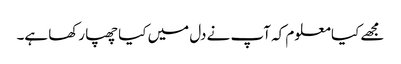
مجھے کیا معلوم کہ آپ نے دل میں کیا چھپا رکھا ہے۔